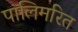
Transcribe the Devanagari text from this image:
पालिमरित